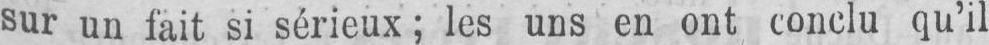
sur un fait si sérieux; les uns en ont conclu qu’il